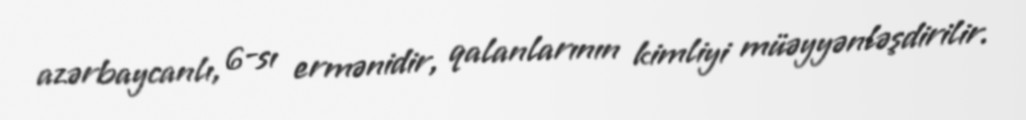
azərbaycanlı, 6-sı ermənidir, qalanlarının kimliyi müəyyənləşdirilir.